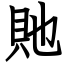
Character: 貤